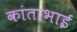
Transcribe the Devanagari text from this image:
कांताभाई